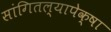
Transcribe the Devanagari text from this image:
सांगितल्यापेक्षा